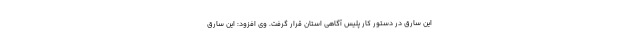
این سارق در دستور کار پلیس آگاهی استان قرار گرفت. وی افزود: این سارق